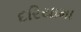
દરિયામા